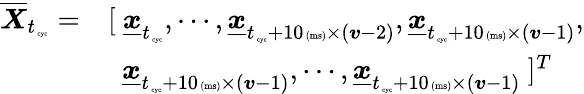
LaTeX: \begin{array}{rl}{\overline{{\boldsymbol X}}_{t_{\mathrm{\tiny~cyc}}}=}&{[~\underline{{\boldsymbol x}}_{t_{\mathrm{\tiny~cyc}}},\cdots,\underline{{\boldsymbol x}}_{t_{\mathrm{\tiny~cyc}}+10\mathrm{\tiny~(ms)}\times(\boldsymbol v-2)},\underline{{\boldsymbol x}}_{t_{\mathrm{\tiny~cyc}}+10\mathrm{\tiny~(ms)}\times(\boldsymbol v-1)},}\\ &{~~\underline{{\boldsymbol x}}_{t_{\mathrm{\tiny~cyc}}+10\mathrm{\tiny~(ms)}\times(\boldsymbol v-1)},\cdots,\underline{{\boldsymbol x}}_{t_{\mathrm{\tiny~cyc}}+10\mathrm{\tiny~(ms)}\times(\boldsymbol v-1)}~]^{T}}\end{array}